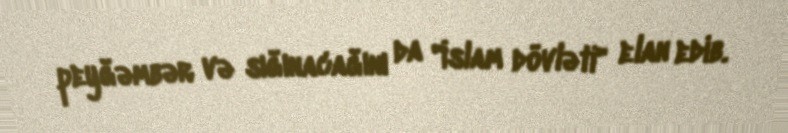
peyğəmbər və sığınacağını da "İslam dövləti" elan edib.